Trukikaitis_Postimees, lk 184
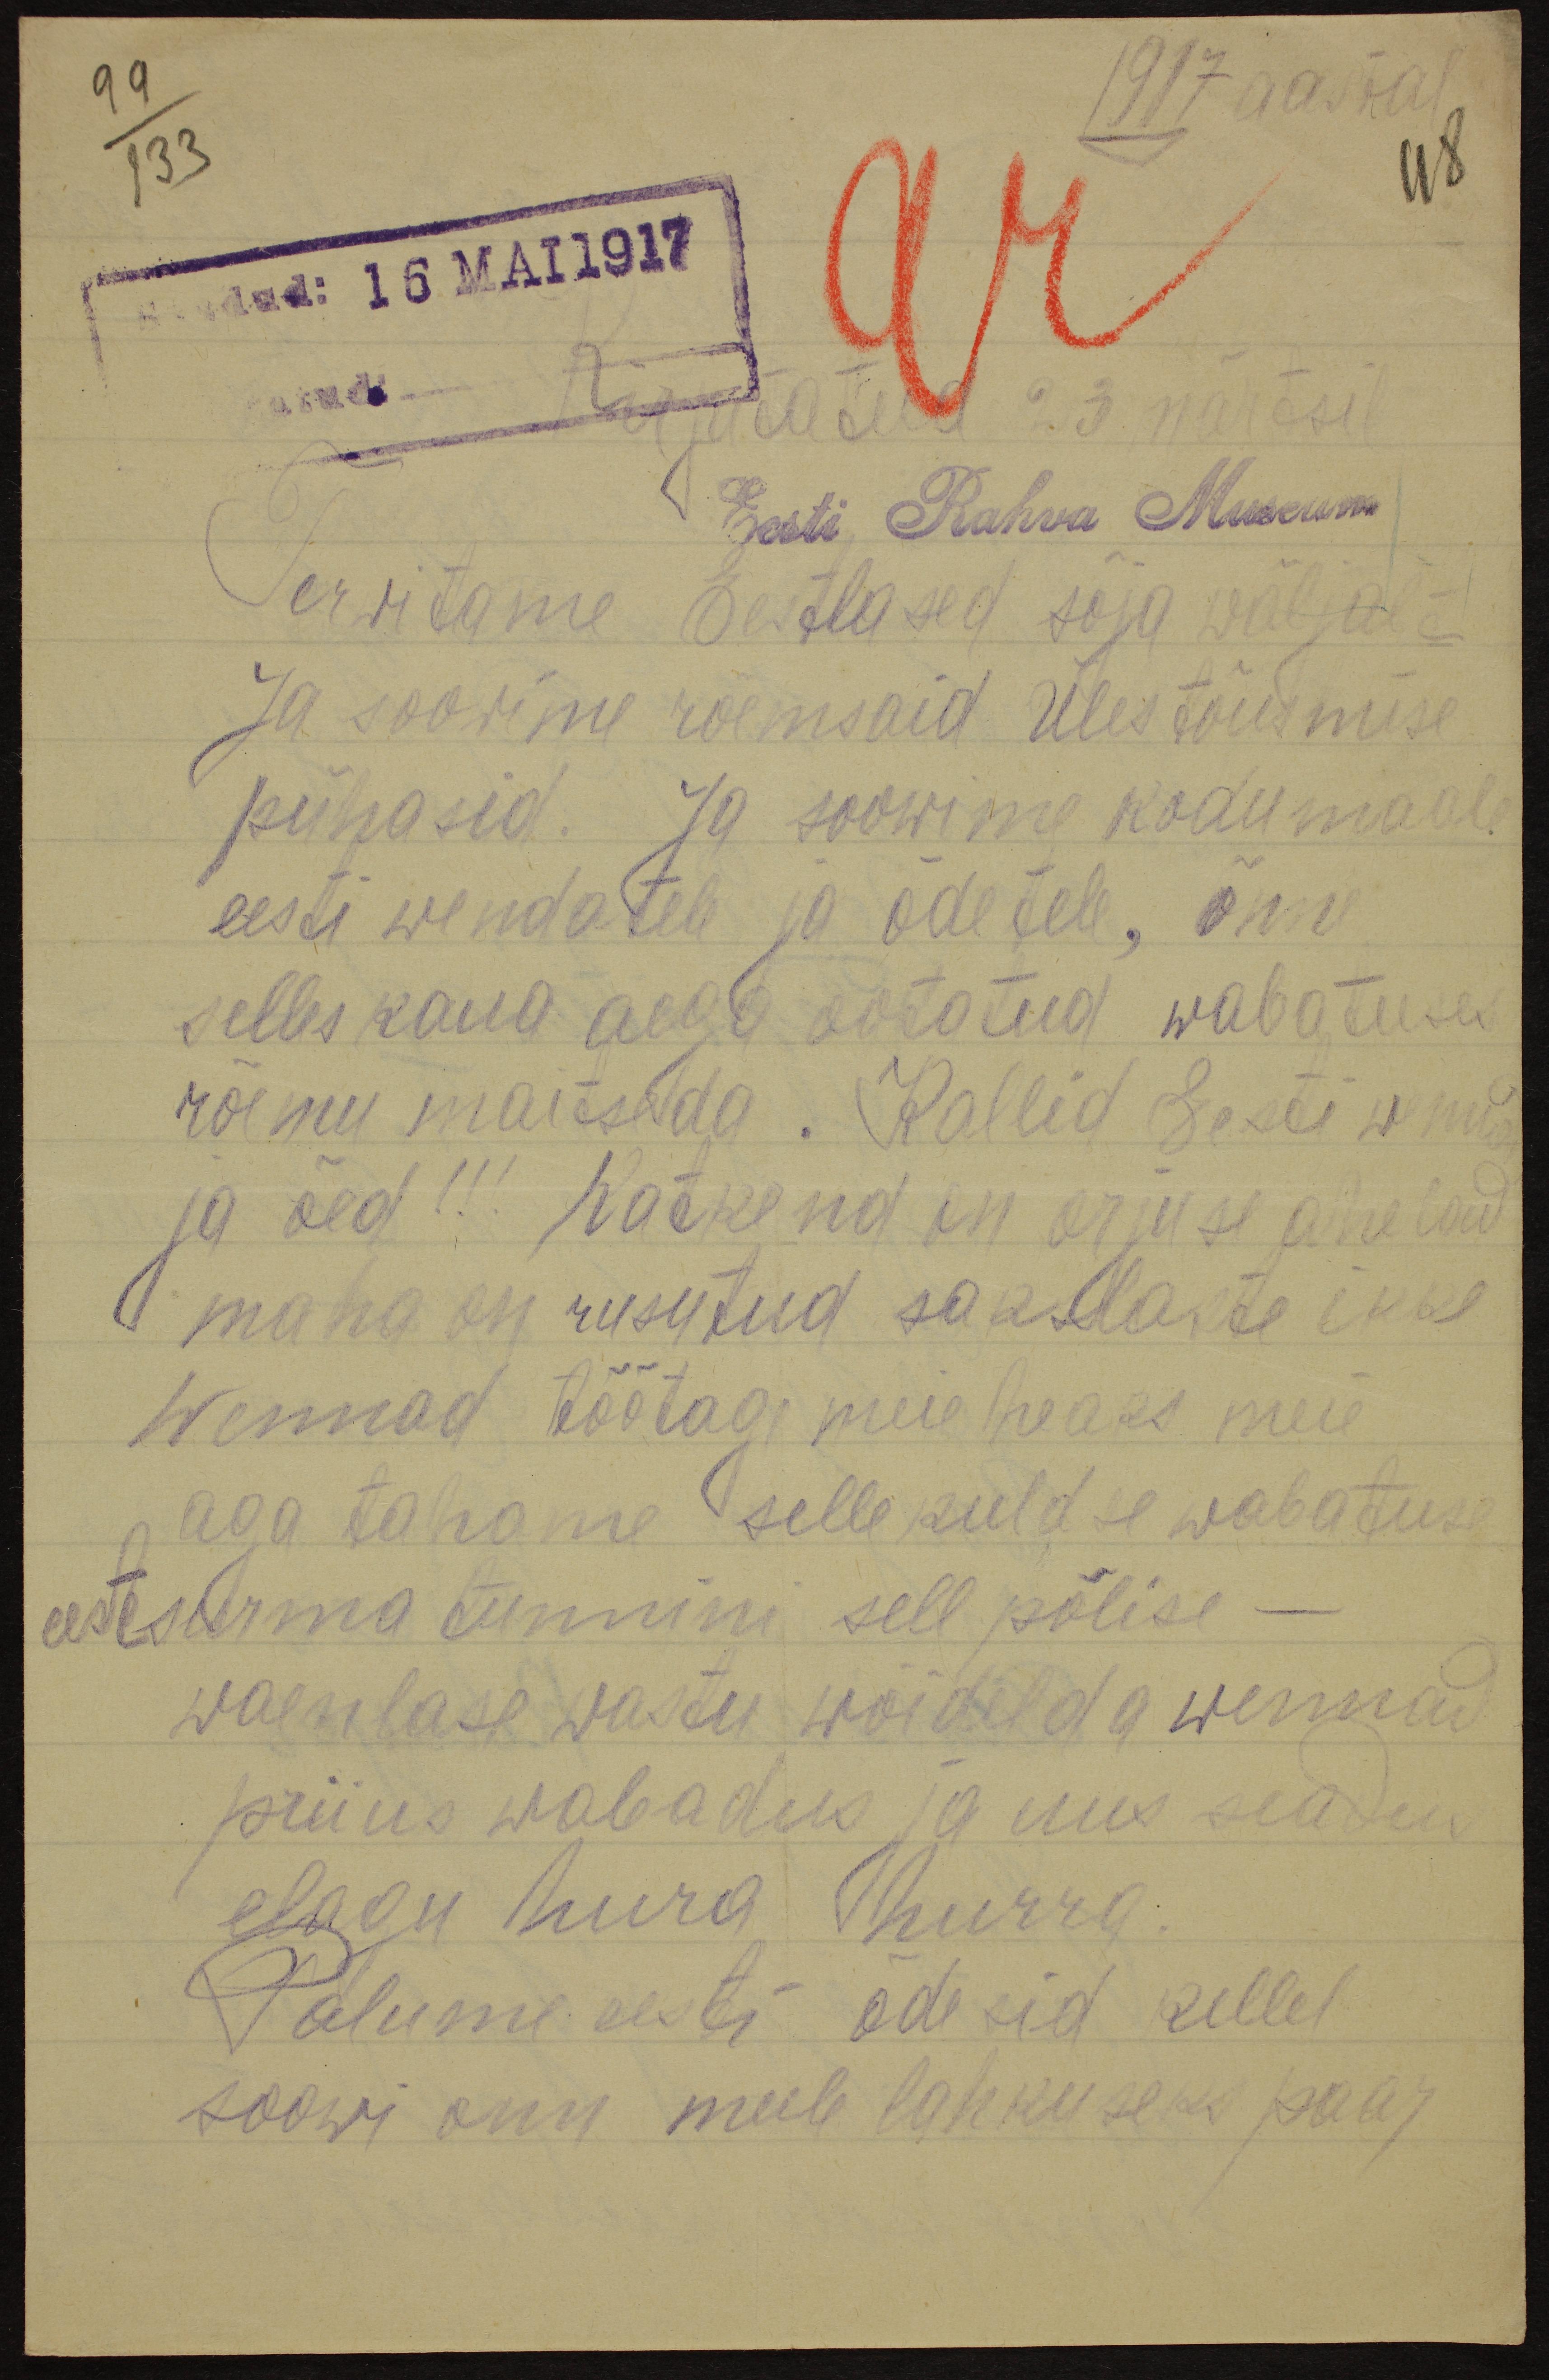
99
133
1917 aastal.
118
saadud: 16 MAI 1917
Kirjutatud 23. märtsil
Eesti Rahva Museum
Tervitame Eestlased sõja wäljald
Ja soowime rõemsaid üles tõusmise
pühasid. Ja soowime kodumaal
eesti wendatele ja õdetele, õnne
selles kaua aega ootatud wabatuses
rõemu maitsda. Kallid Eesti wennad
ja õed!!! Nõrkend on orjuse ahelad
maha on rusutud sakslaste ikke
wennad töötage meie heaks meie
aga tahame selle kuldse wabaduse
eest surma tunnini sell põlise-
waenlase wastu wõidelda wennad
priius wabadus 10 uus seadus
elagu hura hurra
Palume eesti õdesid kellel
soowi onn mule lahkuseks paar